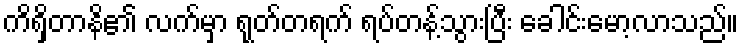
ကိရှိတာနိ၏ လက်မှာ ရုတ်တရက် ရပ်တန့်သွားပြီး ခေါင်းမော့လာသည်။